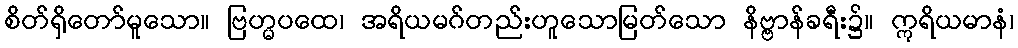
စိတ်ရှိတော်မူသော။ ဗြဟ္မပထေ၊ အရိယမဂ်တည်းဟူသောမြတ်သော နိဗ္ဗာန်ခရီး၌။ ဣရိယမာနံ၊